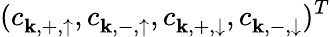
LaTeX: (c_{{\mathbf k},+,\uparrow}^{},c_{{\mathbf k},-,\uparrow}^{},c_{{\mathbf k},+,\downarrow}^{},c_{{\mathbf k},-,\downarrow}^{})^{T}